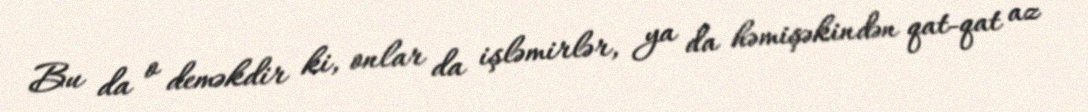
Bu da o deməkdir ki, onlar da işləmirlər, ya da həmişəkindən qat-qat az